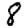
Digit: 8